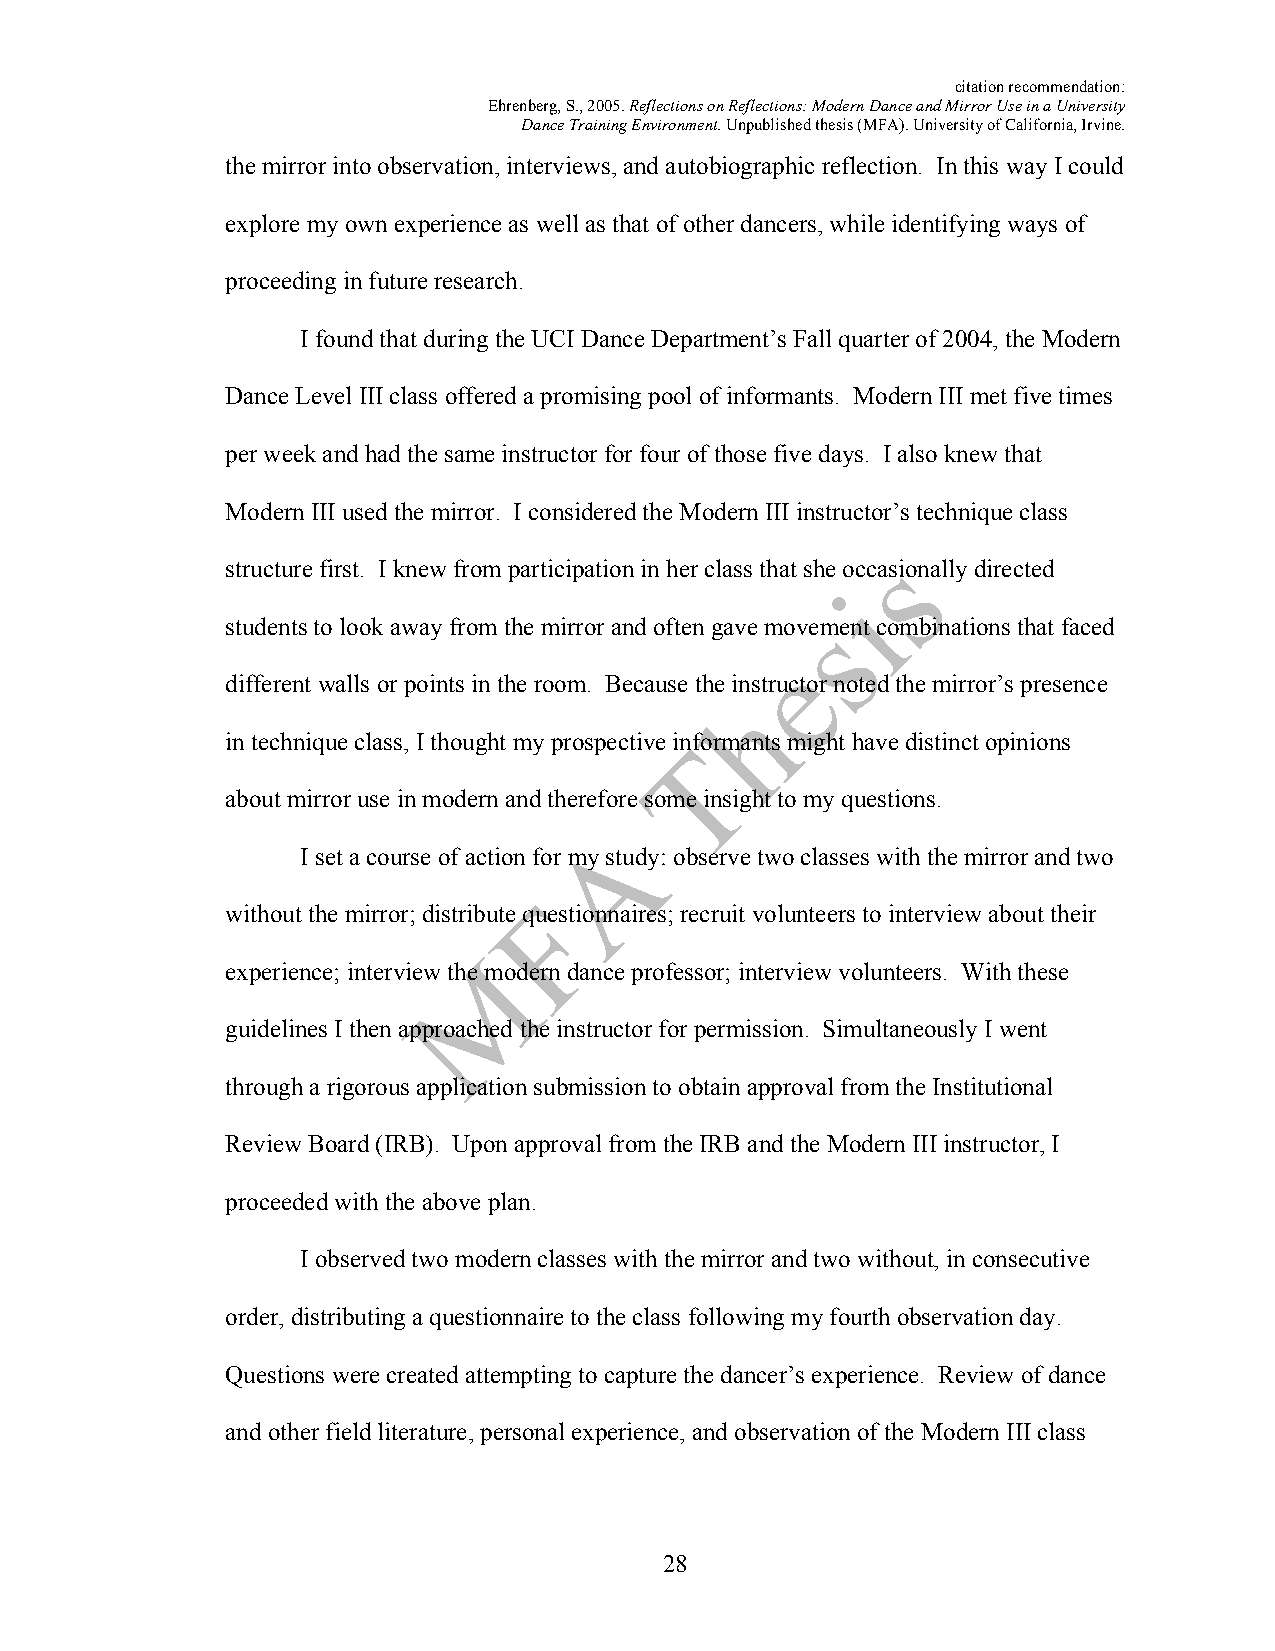
citation recommendation:
 Ehrenberg, S., 2005. Reflections on Reflections: Modern Dance and Mirror Use in a University
 Dance Training Environment. Unpublished thesis (MFA). University of California, Irvine.
 the mirror into observation, interviews, and autobiographic reflection. In this way I could
 explore my own experience as well as that of other dancers, while identifying ways of
 proceeding in future research.
 I found that during the UCI Dance Department’s Fall quarter of 2004, the Modern
 Dance Level III class offered a promising pool of informants. Modern III met five times
 per week and had the same instructor for four of those five days. I also knew that
 Modern III used the mirror. I considered the Modern III instructor’s technique class
 structure first. I knew from participation in her class that she occasionally directed
 students to look away from the mirror and often gave movement combinations that faced
 different walls or points in the room. Because the instructor noted the mirror’s presence
 in technique class, I thought my prospective informants might have distinct opinions
 about mirror use in modern and therefore some insight to my questions.
 I set a course of action for my study: observe two classes with the mirror and two
 without the mirror; distribute questionnaires; recruit volunteers to interview about their
 experience; interview the modern dance professor; interview volunteers. With these
 guidelines I then approached the instructor for permission. Simultaneously I went
 through a rigorous application submission to obtain approval from the Institutional
 Review Board (IRB). Upon approval from the IRB and the Modern III instructor, I
 proceeded with the above plan.
 I observed two modern classes with the mirror and two without, in consecutive
 order, distributing a questionnaire to the class following my fourth observation day.
 Questions were created attempting to capture the dancer’s experience. Review of dance
 and other field literature, personal experience, and observation of the Modern III class
 28